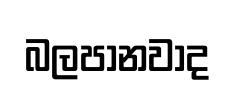
බලපානවාද